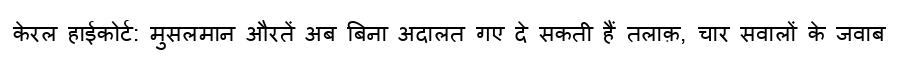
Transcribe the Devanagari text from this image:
केरल हाईकोर्ट: मुसलमान औरतें अब बिना अदालत गए दे सकती हैं तलाक़, चार सवालों के जवाब